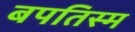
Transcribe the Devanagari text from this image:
बपतिस्म